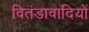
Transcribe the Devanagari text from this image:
वितंडावादियों